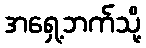
အရှေ့ဘက်သို့